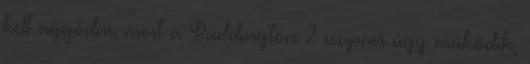
kell aggódni, mert a Paddington 2 csupán úgy működik,